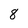
Character: 8